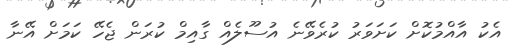
އެކު އާއްމުކޮށް ކަށަވަރު ކުރެވޭނެ އުސޫލެއް ގާއިމް ކުރަން ޖެހޭ ކަމަށް އޭނާ